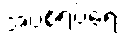
အပစ်ရပ်ရေး